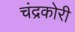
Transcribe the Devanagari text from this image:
चंद्रकोरी